Scottish Leaving Certificate Examination, 1955
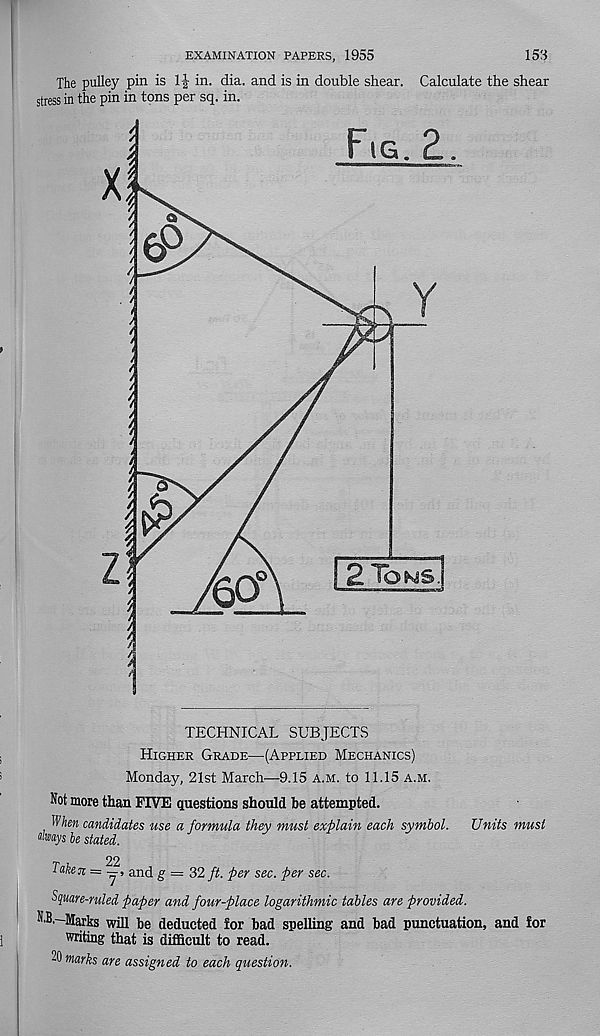
EXAMINATION PAPERS, 1955
153
The pulley pin is 1| in. dia. and is in double shear. Calculate the shear
stress in the pin in tons per sq. in.
Fig. 2,
6°
&
/
60
1 2 To^s".
TECHNICAL SUBJECTS
Higher Grade—(Applied Mechanics)
Monday, 21st March—9.15 A.m. to 11.15 A.M.
Not more than FIVE questions should be attempted.
When candidates use a formula they must explain each symbol. Units must
V s be stated.
Taken =
and g = 32 ft. per sec. per sec.
Square-ruled paper and four-place logarithmic tables are provided.
■'•B.—Marks will be deducted for bad spelling and bad punctuation, and for
writing that is difficult to read.
20 marks are assigned to each question.